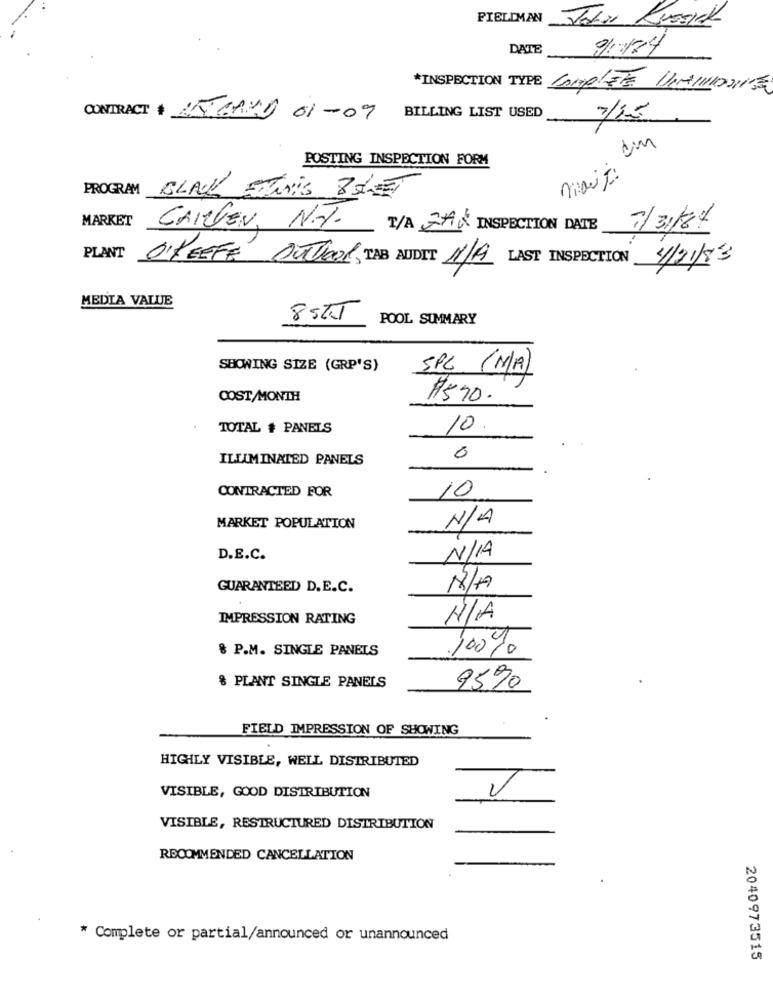
PIELIMAN John KussKk
DATE
9/1124
*INSPECTION TYPE COMPLETE MINIMOONE
CONTRACT # TEAND 01-09
BILLING LIST USED
7/25
cim
POSTING INSPECTION FORM
mais :
PROGRAM BLACK ETNis 85ET
MARKET
CARLSEN, N.J.
T/A JAK INSPECTION DATE
7/31/8/
PLANT
O'KEEFE OUTLOOK, TAB AUDIT 1/A LAST INSPECTION
4/21/83
MEDIA VALUE
8555
POOL SUMMARY
SHOWING SIZE (GRP'S)
SPC (M/A)
COST/MONTH
#570.
TOTAL # PANELS
10.
ILLUMINATED PANELS
0
CONTRACTED FOR
10
MARKET POPULATION
N/L
D.E.C.
N/1A
GUARANTEED D.E.C.
18/47
IMPRESSION RATING
& P.M. SINGLE PANELS
100%
& PLANT SINGLE PANELS
95%
FIELD IMPRESSION OF SHOWING
HIGHLY VISIBLE, WELL DISTRIBUTED
VISIBLE, GOOD DISTRIBUTION
VISIBLE, RESTRUCTURED DISTRIBUTION
RECOMMENDED CANCELLATION
* Complete or partial/announced or unannounced
2040973515